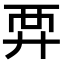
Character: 𧟤